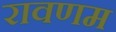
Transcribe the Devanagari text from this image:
रावणम